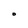
Character: 0